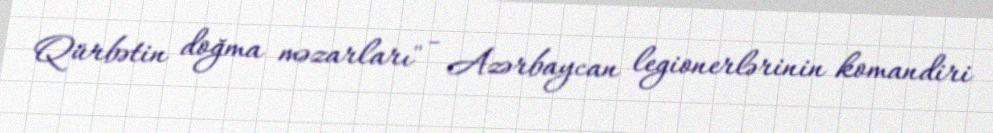
Qürbətin doğma məzarları" - Azərbaycan legionerlərinin komandiri